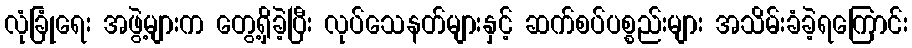
လုံခြုံရေး အဖွဲ့များက တွေ့ရှိခဲ့ပြီး လုပ်သေနတ်များနှင့် ဆက်စပ်ပစ္စည်းများ အသိမ်းခံခဲ့ရကြောင်း